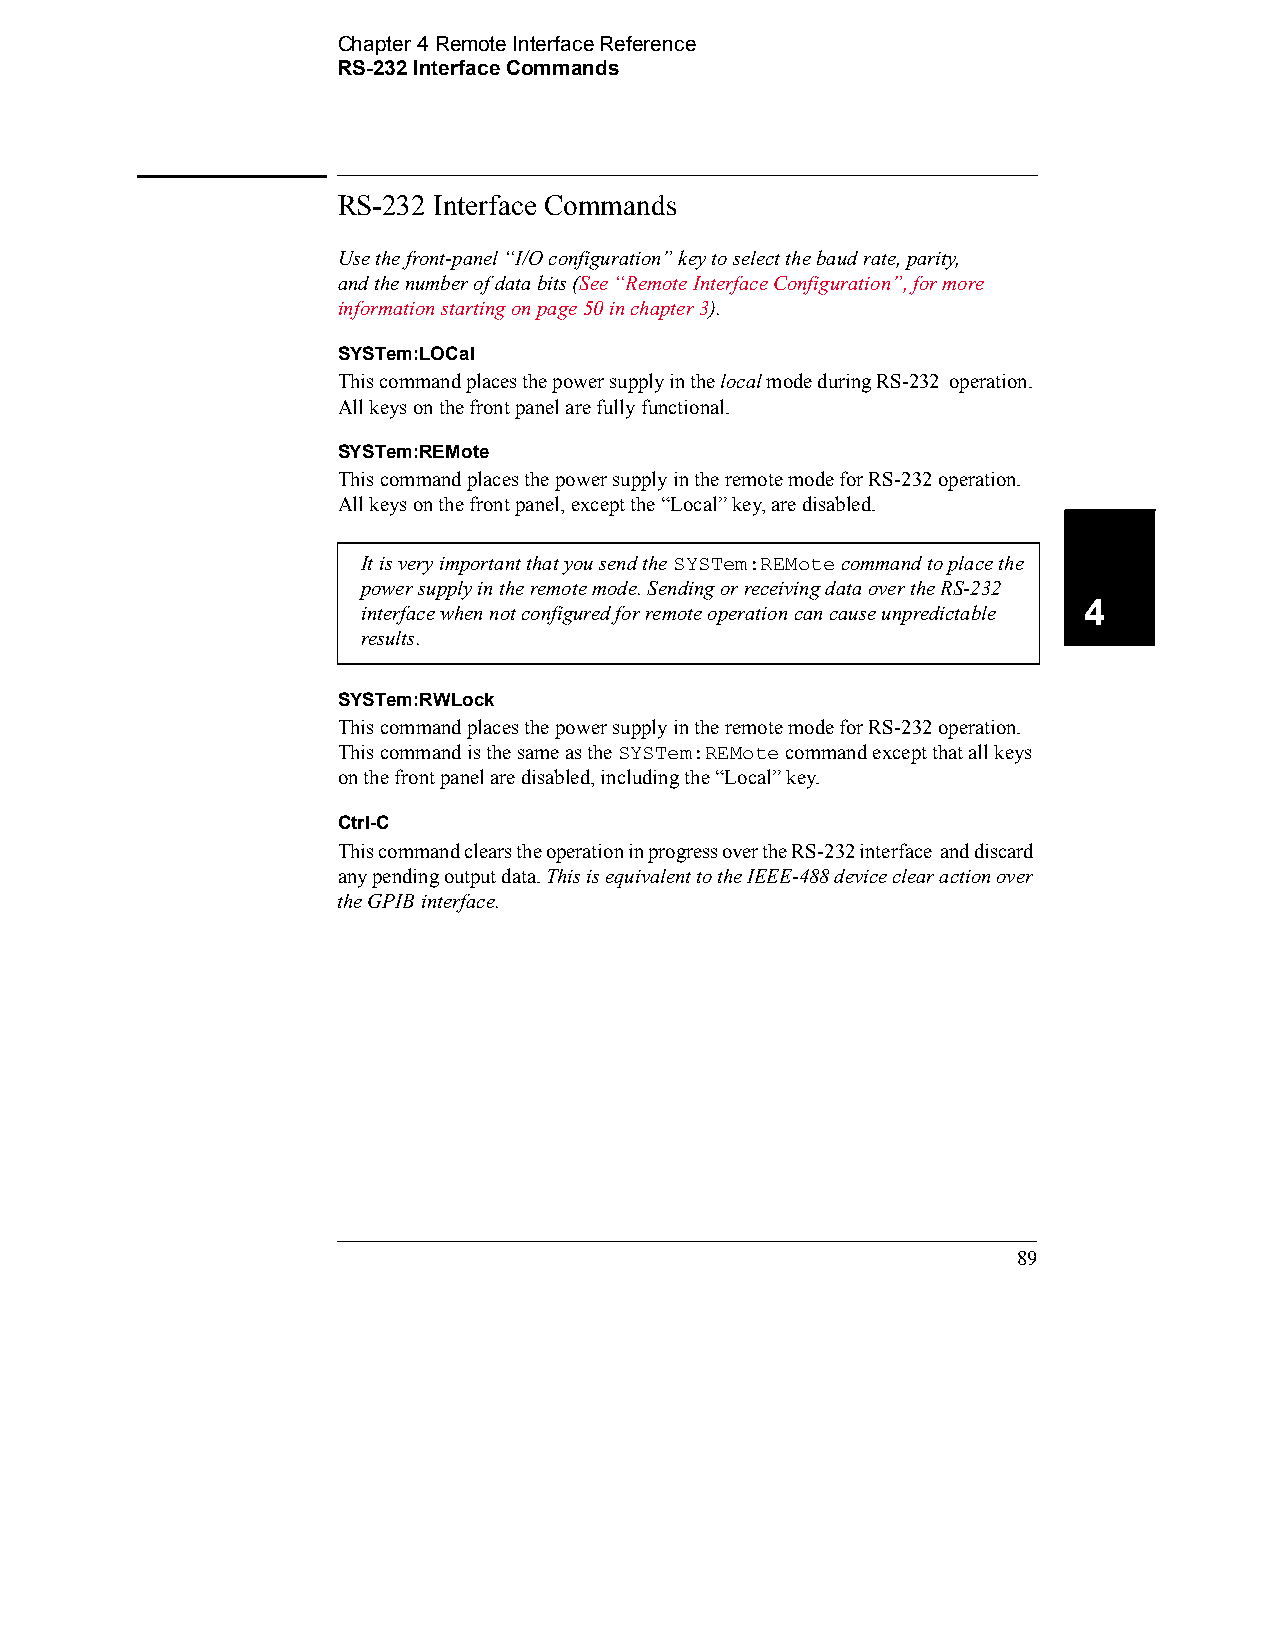
Chapter 4 Remote Interface Reference
 RS-232 Interface Commands
 RS-232 Interface Commands
 Use the front-panel “I/O configuration” key to select the baud rate, parity, 
 and the number of data bits (See “Remote Interface Configuration”, for more
 information starting on page 50 in chapter 3).
 SYSTem:LOCal
 This command places the power supply in the local mode during RS-232 operation.
 All keys on the front panel are fully functional.
 SYSTem:REMote
 This command places the power supply in the remote mode for RS-232 operation.
 All keys on the front panel, except the “Local” key, are disabled.
 It is very important that you send the SYSTem:REMote command to place the
 power supply in the remote mode. Sending or receiving data over the RS-232
 4
 interface when not configured for remote operation can cause unpredictable
 results.
 SYSTem:RWLock
 This command places the power supply in the remote mode for RS-232 operation.
 This command is the same as the SYSTem:REMote command except that all keys
 on the front panel are disabled, including the “Local” key.
 Ctrl-C
 This command clears the operation in progress over the RS-232 interface and discard
 any pending output data. This is equivalent to the IEEE-488 device clear action over
 the GPIB interface.
 89